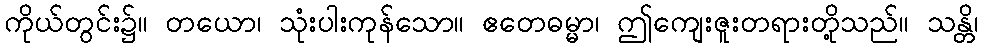
ကိုယ်တွင်း၌။ တယော၊ သုံးပါးကုန်သော။ ဧတေဓမ္မာ၊ ဤကျေးဇူးတရားတို့သည်။ သန္တိ၊